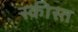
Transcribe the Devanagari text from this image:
स्कीस्त